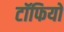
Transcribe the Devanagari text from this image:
टॉफियों